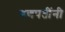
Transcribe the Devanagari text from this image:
गणपतींनी